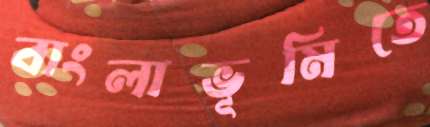
বাংলাভূমিতে